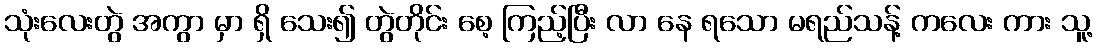
သုံးလေးတွဲ အကွာ မှာ ရှိ သေး၍ တွဲတိုင်း စေ့ ကြည့်ပြီး လာ နေ ရသော မရည်သန့် ကလေး ကား သူ့